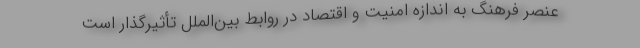
عنصر فرهنگ به اندازه امنیت و اقتصاد در روابط بین‌الملل تأثیرگذار است